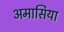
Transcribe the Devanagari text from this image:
अमासिया